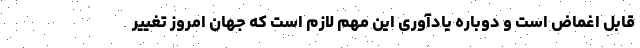
قابل اغماض است و دوباره یادآوری این مهم لازم است که جهان امروز تغییر